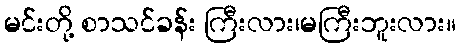
မင်းတို့ စာသင်ခန်း ကြီးလား၊မကြီးဘူးလား။